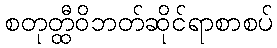
စတုတ္ထီဝိဘတ်ဆိုင်ရာစာစပ်